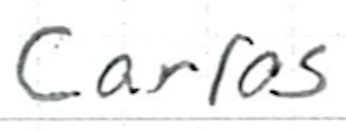
Text: Carlos
Cross-out: clean
Writing tool: ballpoint